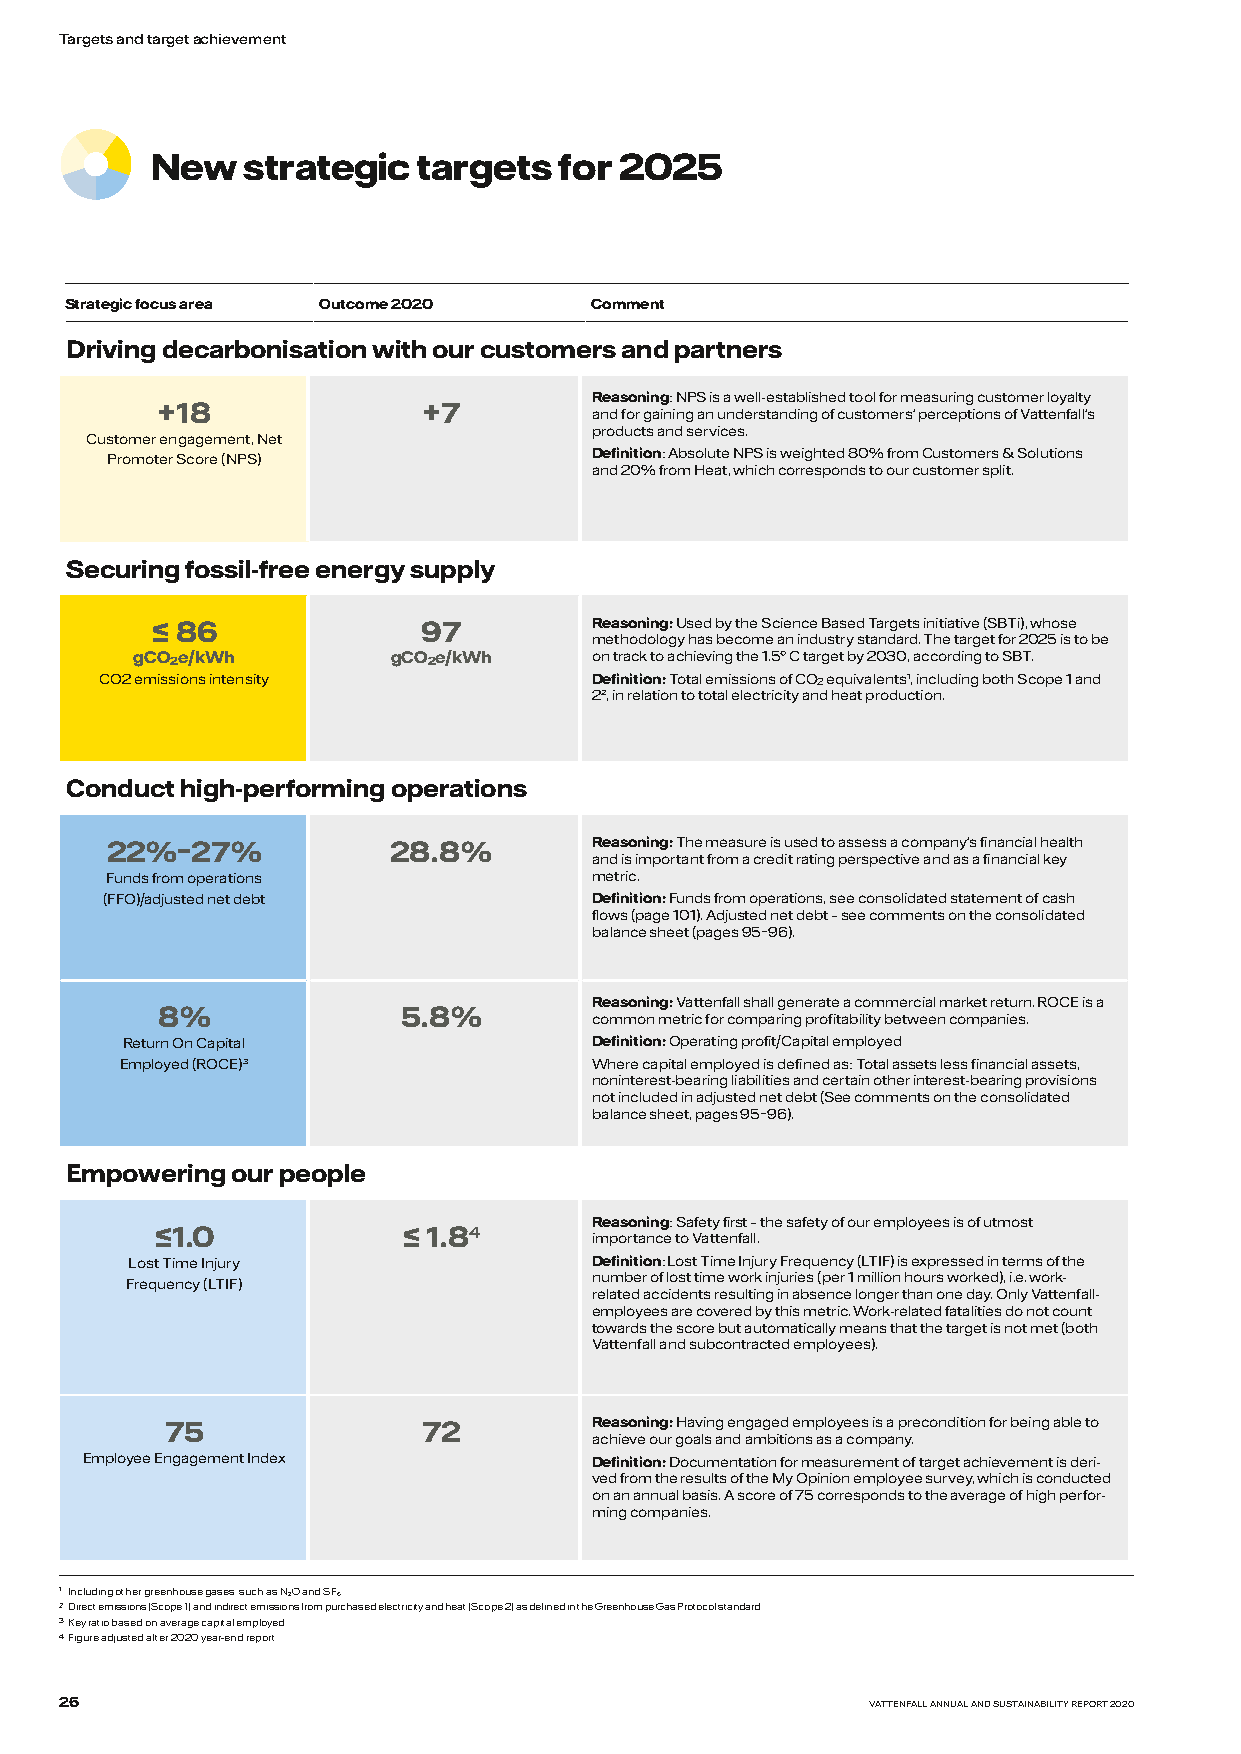
Targets and target a chievement
 New   strategic   targets  for 2025
 Strategic focus area Outcome 2020  Comment
 Driving decarbonisation with our customers and partners
 Reasoning: NPS is a well-established tool for measuring customer loyalty
 +18               +7
 and for gaining an understanding of customers' perceptions of Vattenfall's
 products and services.
 Customer engagement, Net
 Promoter Score (NPS)            Definition: Absolute NPS is weighted 80% from Customers & Solutions
 and 20% from Heat, which corresponds to our customer split.
 Securing fossil-free energy supply
 ≤ 86              97         Reasoning: Used by the Science Based Targets initiative (SBTi), whose
 methodology has become an industry standard. The target for 2025 is to be
 gCO2e/kWh        gCO2e/kWh    on track to achieving the 1.5° C target by 2030, according to SBT.
 CO2 emissions intensity         Definition: Total emissions of CO2 equivalents1, including both Scope 1 and
 22, in relation to total electricity and heat production.
 Conduct high-performing operations
 22%–27%            28.8%        Reasoning: The measure is used to assess a company's financial health
 and is important from a credit rating perspective and as a financial key
 Funds from operations           metric.
 (FFO)/adjusted net debt         Definition: Funds from operations, see consolidated statement of cash
 flows (page 101). Adjusted net debt – see comments on the consolidated
 balance sheet (pages 95–96).
 Reasoning: Vattenfall shall generate a commercial market return. ROCE is a
 8%               5.8%
 common metric for comparing profitability between companies.
 Return On Capital              Definition: Operating profit/Capital employed
 Employed (ROCE)3               Where capital employed is defined as: Total assets less financial assets,
 noninterest-bearing liabilities and certain other interest-bearing provisions
 not included in adjusted net debt (See comments on the consolidated
 balance sheet, pages 95–96).
 Empowering our people
 Reasoning: Safety first – the safety of our employees is of utmost
 ≤1.0             ≤ 1.84
 importance to Vattenfall.
 Lost Time Injury               Definition: Lost Time Injury Frequency (LTIF) is expressed in terms of the
 Frequency (LTIF)               number of lost time work injuries (per 1 million hours worked), i.e. work-
 related accidents resulting in absence longer than one day. Only Vattenfall-
 employees are covered by this metric. Work-related fatalities do not count
 towards the score but automatically means that the target is not met (both
 Vattenfall and subcontracted employees).
 75               72         Reasoning: Having engaged employees is a precondition for being able to
 achieve our goals and ambitions as a company.
 Employee Engagement Index         Definition: Documentation for measurement of target achievement is deri-
 ved from the results of the My Opinion employee survey, which is conducted
 on an annual basis. A score of 75 corresponds to the average of high perfor-
 ming companies.
 1 Including other greenhouse gases, such as N2O and SF6.
 2 Direct emissions (Scope 1) and indirect emissions from purchased electricity and heat (Scope 2) as defined in the Greenhouse Gas Protocol standard.
 3 Key ratio based on average capital employed.
 4 Figure adjusted after 2020 year-end report.
 26                                                    VATTENFALL ANNUAL AND SUSTAINABILITY REPORT 2020